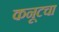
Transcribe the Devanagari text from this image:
कनूटचा